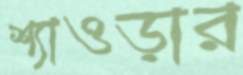
শ্যাওড়ার